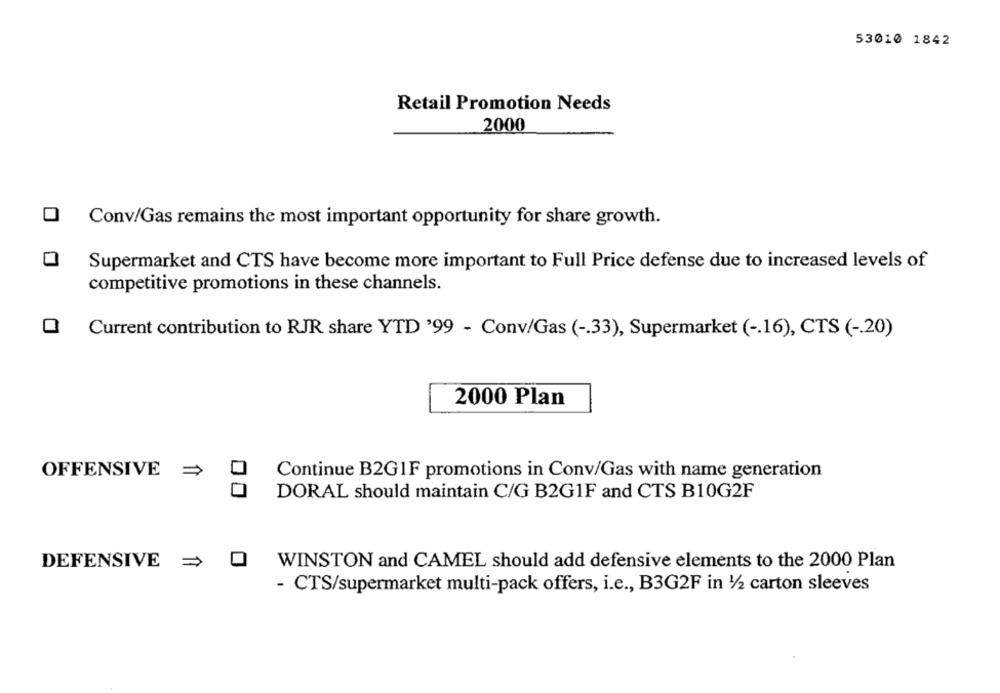
53010 1842
Retail Promotion Needs
2000
Conv/Gas remains the most important opportunity for share growth.
0
Supermarket and CTS have become more important to Full Price defense due to increased levels of
competitive promotions in these channels.
Current contribution to RJR share YTD '99 - Conv/Gas ( -. 33), Supermarket ( -. 16), CTS ( -. 20)
2000 Plan
OFFENSIVE >
Continue B2GIF promotions in Conv/Gas with name generation
DORAL should maintain C/G B2G1F and CTS B10G2F
DEFENSIVE = 0
WINSTON and CAMEL should add defensive elements to the 2000 Plan
- CTS/supermarket multi-pack offers, i.e ., B3G2F in 1/2 carton sleeves